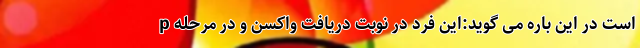
است در این باره می گوید:این فرد در نوبت دریافت واکسن و در مرحله p